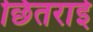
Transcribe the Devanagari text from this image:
छितराई